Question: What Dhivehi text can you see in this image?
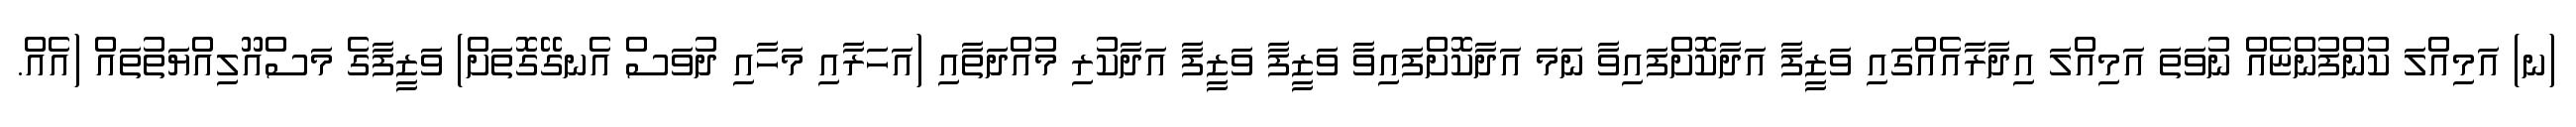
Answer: (ނ) އަމިއްލަ ކުންފުންޏެއް ނުވަތަ އަމިއްލަ އިދާރާއެއްގައި ވަޒީފާ އަދާކޮށްފައިވާ ނަމަ އަދާކޮށްފައިވާ ވަޒީފާ ވަޒީފާ އަދާކުރި މުއްދަތާއި (އަހަރާއި މަހާއި ދުވަސް އެނގޭގޮތަށް) ވަޒީފާގެ މަސްއޫލިއްޔަތުތައް (އެއް.